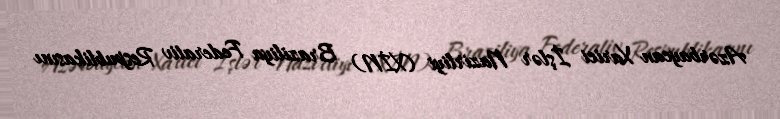
Azərbaycan Xarici İşlər Nazirliyi (XİN) Braziliya Federativ Respublikasını